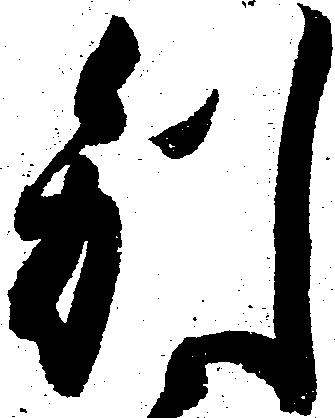
別